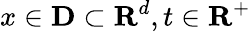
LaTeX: x\in\mathbf{D}\subset\mathbf{R}^{d},t\in\mathbf{R}^{+}